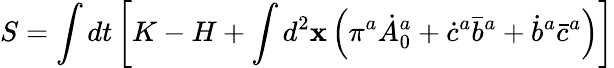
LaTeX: S=\int dt\left[K-H+\int d^{2}{\mathbf x}\left(\pi^{a}\dot{A}_{0}^{a}+\dot{c}^{a}{\bar{b}}^{a}+\dot{b}^{a}\bar{c}^{a}\right)\right]